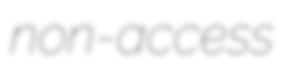
non-access